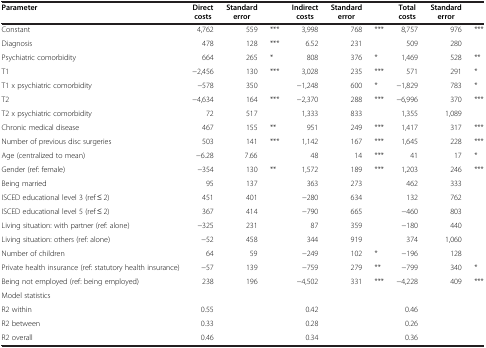
<table><thead><tr><td><b>Parameter</b></td><td><b>Direct costs</b></td><td><b>Standard error</b></td><td><b> </b></td><td><b>Indirect costs</b></td><td><b>Standard error</b></td><td><b> </b></td><td><b>Total costs</b></td><td><b>Standard error</b></td><td><b> </b></td></tr></thead><tbody><tr><td>Constant</td><td>4,762</td><td>559</td><td>***</td><td>3,998</td><td>768</td><td>***</td><td>8,757</td><td>976</td><td>***</td></tr><tr><td>Diagnosis</td><td>478</td><td>128</td><td>***</td><td>6.52</td><td>231</td><td> </td><td>509</td><td>280</td><td> </td></tr><tr><td>Psychiatric comorbidity</td><td>664</td><td>265</td><td>*</td><td>808</td><td>376</td><td>*</td><td>1,469</td><td>528</td><td>**</td></tr><tr><td>T1</td><td>−2,456</td><td>130</td><td>***</td><td>3,028</td><td>235</td><td>***</td><td>571</td><td>291</td><td>*</td></tr><tr><td>T1 x psychiatric comorbidity</td><td>−578</td><td>350</td><td> </td><td>−1,248</td><td>600</td><td>*</td><td>−1,829</td><td>783</td><td>*</td></tr><tr><td>T2</td><td>−4,634</td><td>164</td><td>***</td><td>−2,370</td><td>288</td><td>***</td><td>−6,996</td><td>370</td><td>***</td></tr><tr><td>T2 x psychiatric comorbidity</td><td>72</td><td>517</td><td> </td><td>1,333</td><td>833</td><td> </td><td>1,355</td><td>1,089</td><td> </td></tr><tr><td>Chronic medical disease</td><td>467</td><td>155</td><td>**</td><td>951</td><td>249</td><td>***</td><td>1,417</td><td>317</td><td>***</td></tr><tr><td>Number of previous disc surgeries</td><td>503</td><td>141</td><td>***</td><td>1,142</td><td>167</td><td>***</td><td>1,645</td><td>228</td><td>***</td></tr><tr><td>Age (centralized to mean)</td><td>−6.28</td><td>7.66</td><td> </td><td>48</td><td>14</td><td>***</td><td>41</td><td>17</td><td>*</td></tr><tr><td>Gender (ref: female)</td><td>−354</td><td>130</td><td>**</td><td>1,572</td><td>189</td><td>***</td><td>1,203</td><td>246</td><td>***</td></tr><tr><td>Being married</td><td>95</td><td>137</td><td> </td><td>363</td><td>273</td><td> </td><td>462</td><td>333</td><td> </td></tr><tr><td>ISCED educational level 3 (ref ≤ 2)</td><td>451</td><td>401</td><td> </td><td>−280</td><td>634</td><td> </td><td>132</td><td>762</td><td> </td></tr><tr><td>ISCED educational level 5 (ref ≤ 2)</td><td>367</td><td>414</td><td> </td><td>−790</td><td>665</td><td> </td><td>−460</td><td>803</td><td> </td></tr><tr><td>Living situation: with partner (ref: alone)</td><td>−325</td><td>231</td><td> </td><td>87</td><td>359</td><td> </td><td>−180</td><td>440</td><td> </td></tr><tr><td>Living situation: others (ref: alone)</td><td>−52</td><td>458</td><td> </td><td>344</td><td>919</td><td> </td><td>374</td><td>1,060</td><td> </td></tr><tr><td>Number of children</td><td>64</td><td>59</td><td> </td><td>−249</td><td>102</td><td>*</td><td>−196</td><td>128</td><td> </td></tr><tr><td>Private health insurance (ref: statutory health insurance)</td><td>−57</td><td>139</td><td> </td><td>−759</td><td>279</td><td>**</td><td>−799</td><td>340</td><td>*</td></tr><tr><td>Being not employed (ref: being employed)</td><td>238</td><td>196</td><td> </td><td>−4,502</td><td>331</td><td>***</td><td>−4,228</td><td>409</td><td>***</td></tr><tr><td>Model statistics</td><td> </td><td> </td><td> </td><td> </td><td> </td><td> </td><td> </td><td> </td><td> </td></tr><tr><td>R2 within</td><td>0.55</td><td> </td><td> </td><td>0.42</td><td> </td><td> </td><td>0.46</td><td> </td><td> </td></tr><tr><td>R2 between</td><td>0.33</td><td> </td><td> </td><td>0.28</td><td> </td><td> </td><td>0.26</td><td> </td><td> </td></tr><tr><td>R2 overall</td><td>0.46</td><td> </td><td> </td><td>0.34</td><td> </td><td> </td><td>0.36</td><td> </td><td> </td></tr></tbody></table>